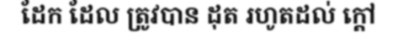
ដែក ដែល ត្រូវបាន ដុត រហូតដល់ ក្តៅ